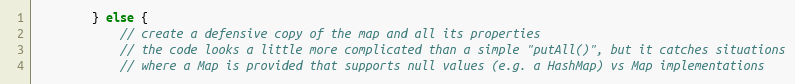
Language: Java
        } else {
            // create a defensive copy of the map and all its properties
            // the code looks a little more complicated than a simple "putAll()", but it catches situations
            // where a Map is provided that supports null values (e.g. a HashMap) vs Map implementations